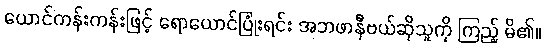
ယောင်ကန်းကန်းဖြင့် ရောယောင်ပြုံးရင်း အဘဖာနီဗယ်ဆိုသူကို ကြည့် မိ၏။